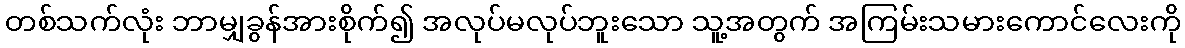
တစ်သက်လုံး ဘာမျှခွန်အားစိုက်၍ အလုပ်မလုပ်ဘူးသော သူ့အတွက် အကြမ်းသမားကောင်လေးကို